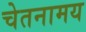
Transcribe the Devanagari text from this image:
चेतनामय